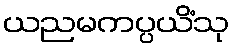
ယညမကပ္ပယိံသု